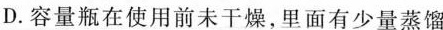
D.容量瓶在使用前未干燥，里面有少量蒸馏